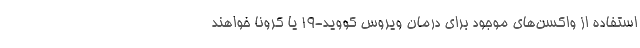
استفاده از واکسن‌های موجود برای درمان ویروس کووید-19 یا کرونا خواهند